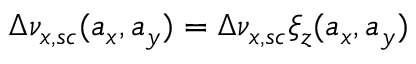
\Delta \nu _ { x , s c } ( a _ { x } , a _ { y } ) = \Delta \nu _ { x , s c } \xi _ { z } ( a _ { x } , a _ { y } )